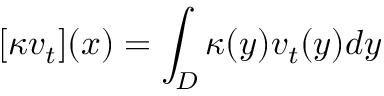
[ \mathcal { \kappa } v _ { t } ] ( x ) = \int _ { D } \mathcal { \kappa } ( y ) v _ { t } ( y ) d y